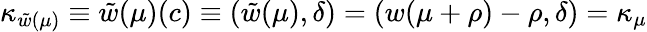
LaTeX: \kappa_{\tilde{w}(\mu)}\equiv\tilde{w}(\mu)(c)\equiv(\tilde{w}(\mu),\delta)=(w(\mu+\rho)-\rho,\delta)=\kappa_{\mu}